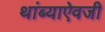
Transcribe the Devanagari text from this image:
थांब्याऐवजी